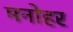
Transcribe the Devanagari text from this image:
मनाेहर